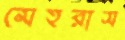
মেহরাস